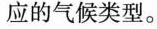
应的气候类型。